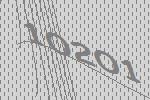
10201